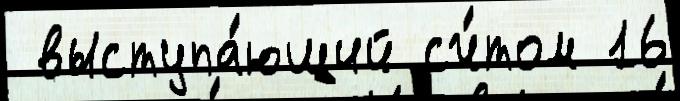
 выступа́ющий сч́том 16